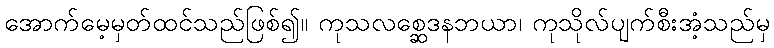
အောက်မေ့မှတ်ထင်သည်ဖြစ်၍။ ကုသလစ္ဆေဒနဘယာ၊ ကုသိုလ်ပျက်စီးအံ့သည်မှ